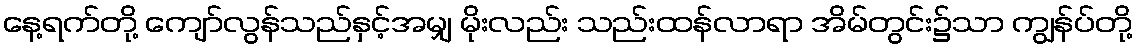
နေ့ရက်တို့ ကျော်လွန်သည်နှင့်အမျှ မိုးလည်း သည်းထန်လာရာ အိမ်တွင်း၌သာ ကျွန်ပ်တို့